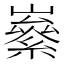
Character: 𡽭